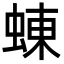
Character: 蝀